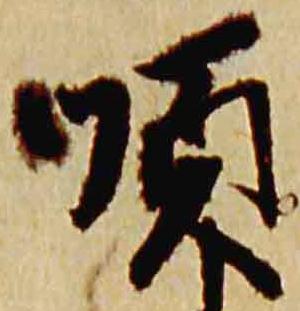
順